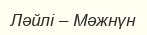
Ләйлі – Мәжнүн